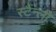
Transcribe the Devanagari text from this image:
स्टैंन्ली